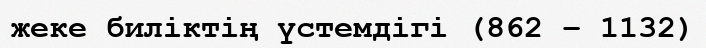
жеке биліктің үстемдігі (862 – 1132)